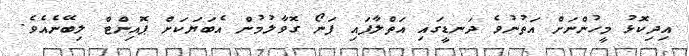
އިދިކޮޅު މީހުންނަށް އަތުނުވެ ދަނޑީގައި އަތްލާފައި ފަނޯ ގޮވާލުމުން އެބަޔަކަށް ޕޮއިންޓް ލިބޭނެއެވެ.